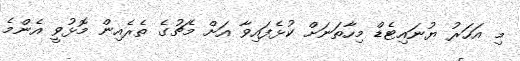
މި އަހަރު ޔުނައިޓެޑް މިހާތަނަށް ކުޅެފައިވާ އަށް މެޗުގެ ތެރެއިން މޮޅުވީ އެންމެ